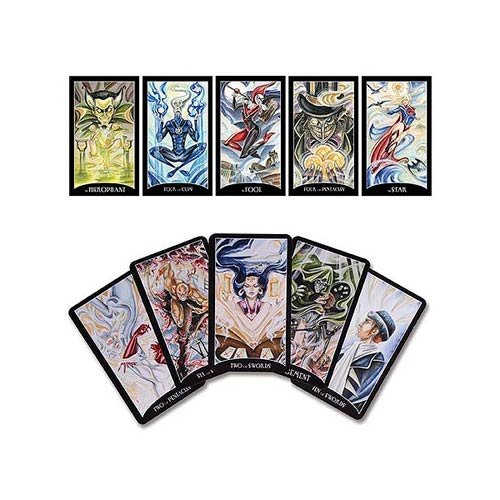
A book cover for Dc Comics Justice League Tarot Cards; Humor & Entertainment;